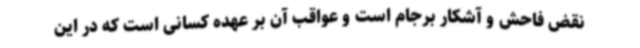
نقض فاحش و آشکار برجام است و عواقب آن بر عهده کسانی است که در این